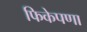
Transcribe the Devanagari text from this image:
फिकेपणा